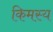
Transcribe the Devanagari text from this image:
किमस्य